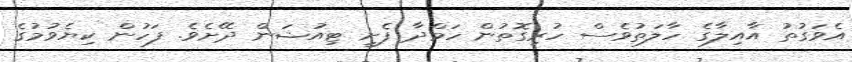
އެވަގުތު އާއިލާގެ ހާލަތުވެސް ހުރިގޮތުން ހަމްދާ ފެށީ ޓިއުޝަން ދޭށެވެ. ފަހުން ކިޔެވުމުގެ